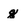
Character: g